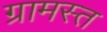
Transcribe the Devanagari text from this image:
ग्रामस्त